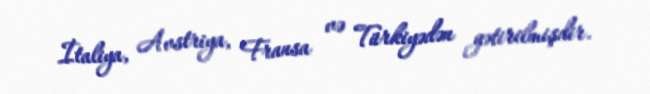
İtaliya, Avstriya, Fransa və Türkiyədən gətirilmişdir.